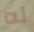
له